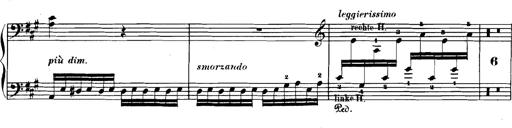
Title: Spinnerlied aus dem Fliegenden HollÃ¤nder
Composer: Franz Liszt